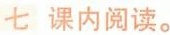
七课内阅读。